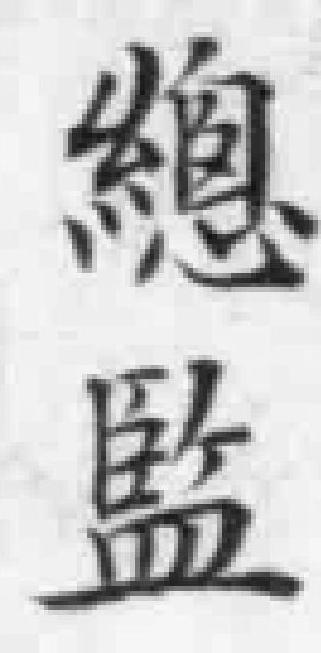
總監